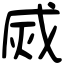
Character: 烕